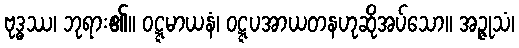
ဗုဒ္ဓဿ၊ ဘုရား၏။ ဝဋ္ဋမာယနံ၊ ဝဋ္ဋပအာယတနဟုဆိုအပ်သော။ အဉ္ဇုသံ၊